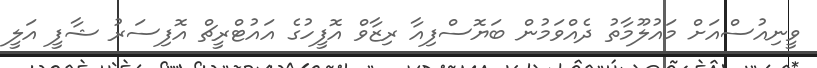
ވީނިއުސްއަށް މައުލޫމާތު ދެއްވަމުން ބަޔޮސްފިއާ ރިޒާވް އޮފީހުގެ އައުޓްރީޗް އޮފިސަރު ޝާފީ އަލީ